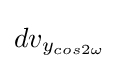
dv_{y_{cos2\omega }}